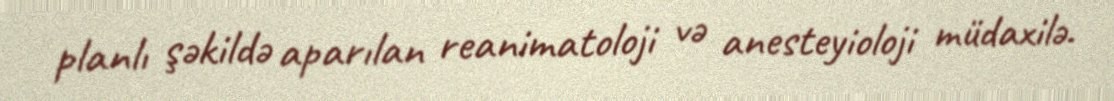
planlı şəkildə aparılan reanimatoloji və anesteyioloji müdaxilə.